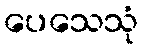
ပေသေသုံ